Report of the Municipal Commissioner on the plague in Bombay for the year ending 31st May... - Volume 3
Disease focus: Plague
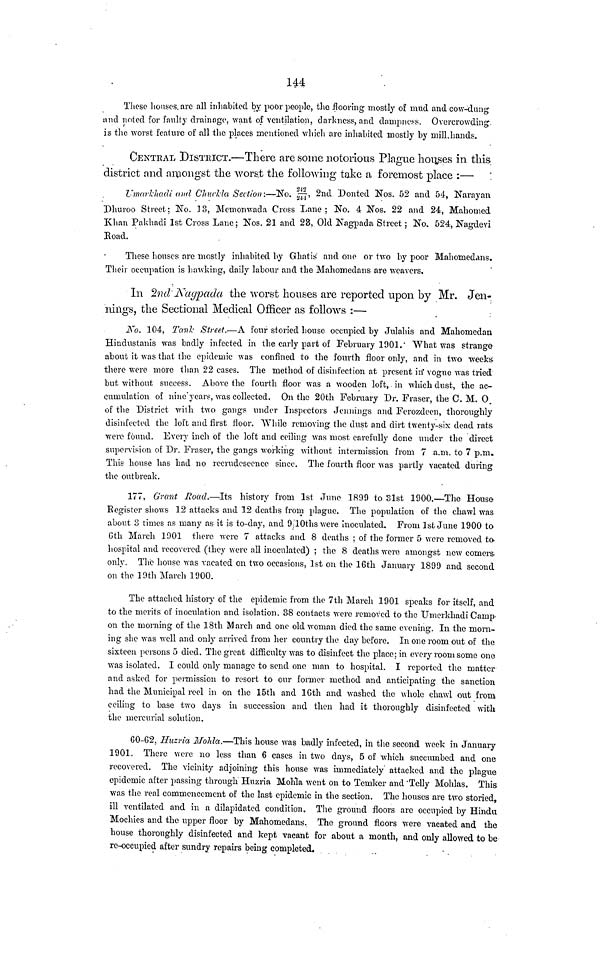
144
These houses, are all inhabited by poor people, the flooring mostly of mud and cow-dung
and noted for faulty drainage, want of ventilation, darkness, and dampness. Overcrowding,
is the worst feature of all the places mentioned which arc inhabited mostly by mill.hands.
CENTRAL DISTRICT.—There are some notorious Plague houses in this
district and amongst the worst the following take a foremost place :—
Umarkhadi and Chuckla Section:—No. 242/244, 2nd Donted Nos. 52 and 54, Narayan
Dhuroo Street; No. 13, Memonwada Cross Lane; No. 4 Nos. 22 and 24, Mahomed
Khan Pakhadi 1st Cross Lane; Nos. 21 and 23, Old Nagpada Street ; No. 524, Nagdevi
Road.
These houses are mostly inhabited by Ghatis and one or two by poor Mahomedans.
Their occupation is hawking, daily labour and the Mahomedans are weavers,
In 2nd Nagpada the worst houses are reported upon by Mr. Jen-
nings, the Sectional Medical Officer as follows :—
No. 104, Tank Street.—A four storied house occupied by Julahis and Mahomedan
Hindustanis was badly infected in the early part of February 1901. What was strange
about it was that the epidemic was confined to the fourth floor only, and in two "weeks
there were more than 22 cases. The method of disinfection at present in" vogue was tried
but without success. Above the fourth floor was a wooden loft, in which dust, the ac-
cumulation of nine years, was collected. On the 20th February Dr. Fraser, the C. M. O.
of the District with two gangs under Inspectors Jennings and Ferozdeen, thoroughly
disinfected the loft and first floor. While removing the dust and dirt twenty-six dead rats
were found. Every inch of the loft and ceiling was most carefully done under the direct
supervision of Dr. Fraser, the gangs working without intermission from 7 a.m. to 7 p.m.
This house has had no recrudescence since. The fourth floor was partly vacated during
the outbreak.
177, Grant Road.—Its history from 1st June 1899 to 31st 1900.—The House
Register shows 12 attacks and 12 deaths from plague. The population of the chawl was
about 3 times as many as it is to-day, and 9/10ths were Inoculated. From 1st June 1900 to
6th March 1901 there were 7 attacks and 8 deaths ; of the former 5 were removed to
hospital and recovered (they were all inoculated) ; the 8 deaths were amongst new comers
only. The house was vacated on two occasions, 1st on the 16th January 1899 and second
on the 19th March 1900.
The attached history of the epidemic from the 7th March 1901 speaks for itself, and
to the merits of inoculation and isolation. 38 contacts were removed to the Umerkhadi Camp
on the morning of the 18th March and one old woman died the same evening. In the morn-
ing she was well and only arrived from her country the day before. In one room out of the
sixteen persons 5 died. The great difficulty was to disinfect the place; in every room some one
was isolated. I could only manage to send one man to hospital. I reported the matter
and asked for permission to resort to our former method and anticipating the sanction
had the Municipal reel in on the 15th and 16th and washed the whole chawl out from
ceiling to base two days in succession and then had it thoroughly disinfected with
the mercurial solution.
60-62, Huzria Mohla.—This house was badly infected, in the second week in January
1901. There were no less than 6 cases in two days, 5 of which succumbed and one
recovered. The vicinity adjoining this house was immediately attacked and the plague
epidemic after passing through Huzria Mohla went on to Temker and Telly Mohlas. This
was the real commencement of the last epidemic in the section. The houses are two storied,
ill ventilated and in a dilapidated condition. The ground floors are occupied by Hindu
Mochies and the upper floor by Mahomedans. The ground floors were vacated and the
house thoroughly disinfected and kept vacant for about a month, and only allowed to be
re-occupied after sundry repairs being completed.